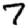
Digit: 7